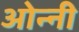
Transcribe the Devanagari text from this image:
ओन्नी